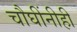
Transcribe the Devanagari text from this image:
चौघींनीही